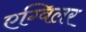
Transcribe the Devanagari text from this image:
एग्विलर